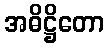
အဓိဋ္ဌိတော